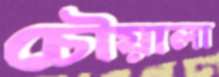
চৌয়ালা